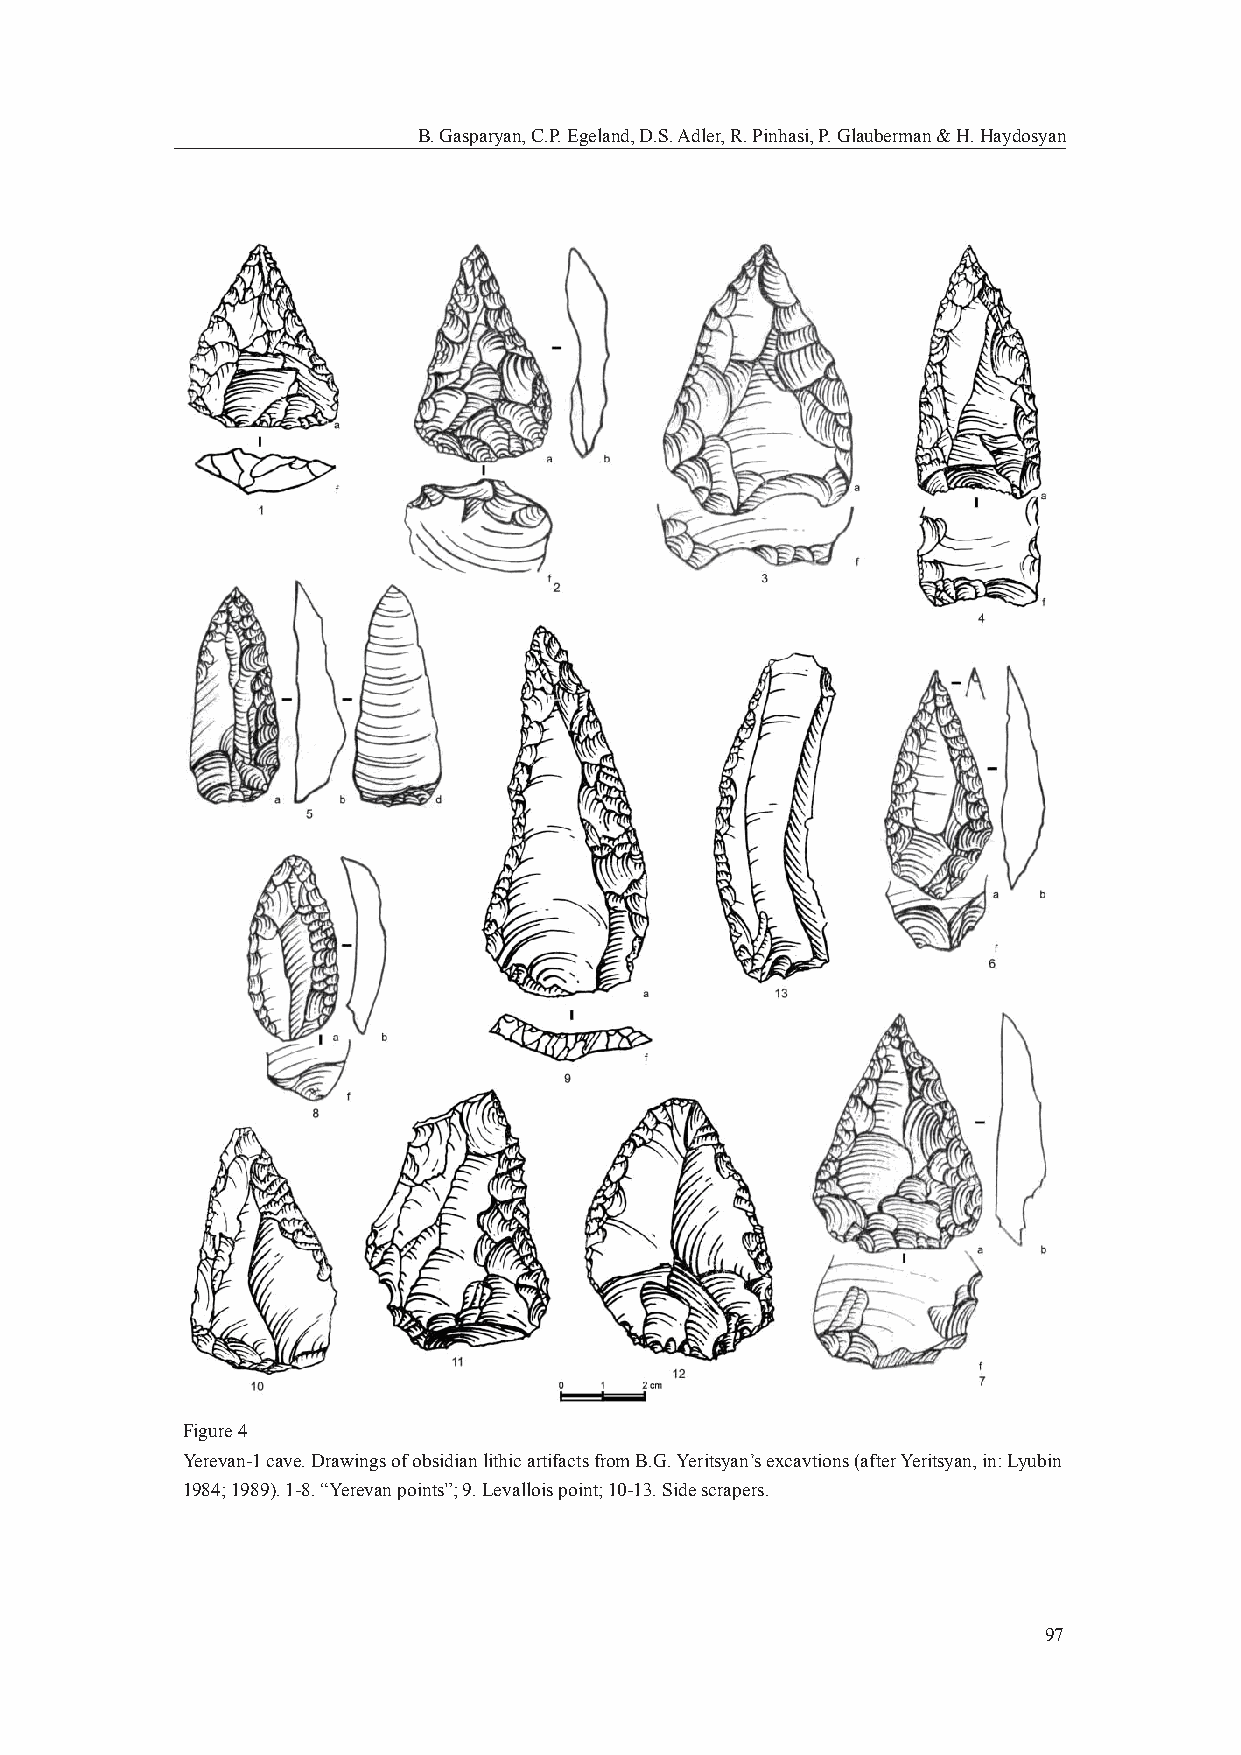
B. Gasparyan, C.P. Egeland, D.S. Adler, R. Pinhasi, P. Glauberman & H. Haydosyan
 Figure 4
 Yerevan-1 cave. Drawings of obsidian lithic artifacts from B.G. Yeritsyan’s excavtions (after Yeritsyan, in: Lyubin
 1984; 1989). 1-8. “Yerevan points”; 9. Levallois point; 10-13. Side scrapers.
 97